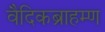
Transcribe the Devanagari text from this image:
वैदिकब्राहम्ण